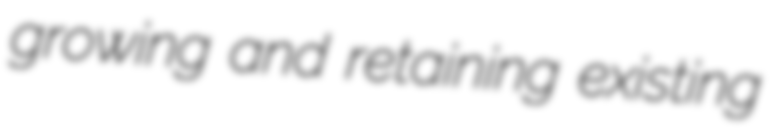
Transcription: growing and retaining existing